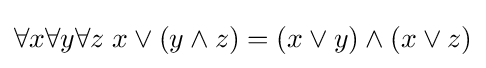
\forall x\forall y\forall z\;x\vee (y\wedge z)=(x\vee y)\wedge (x\vee z)